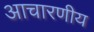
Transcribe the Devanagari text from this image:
आचारणीय